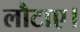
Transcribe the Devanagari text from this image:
लौटाए।